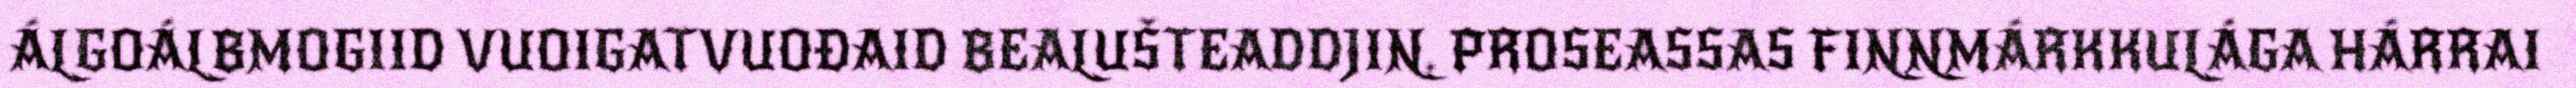
ÁLGOÁLBMOGIID VUOIGATVUOĐAID BEALUŠTEADDJIN. PROSEASSAS FINNMÁRKKULÁGA HÁRRAI